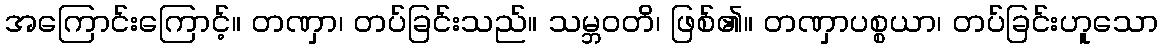
အကြောင်းကြောင့်။ တဏှာ၊ တပ်ခြင်းသည်။ သမ္ဘဝတိ၊ ဖြစ်၏။ တဏှာပစ္စယာ၊ တပ်ခြင်းဟူသော